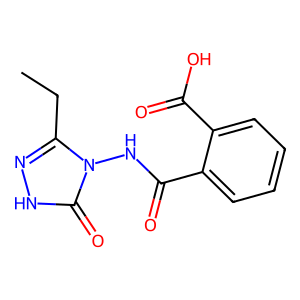
SMILES: CCc1n[nH]c(=O)n1NC(=O)c1ccccc1C(=O)O
Inhibits HIV replication: No